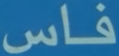
فاس